Cultivation of the bacillus of leprosy and the treatment of cases by means of a vaccine prepared from the cultivations - Number 42
Disease focus: Leprosy
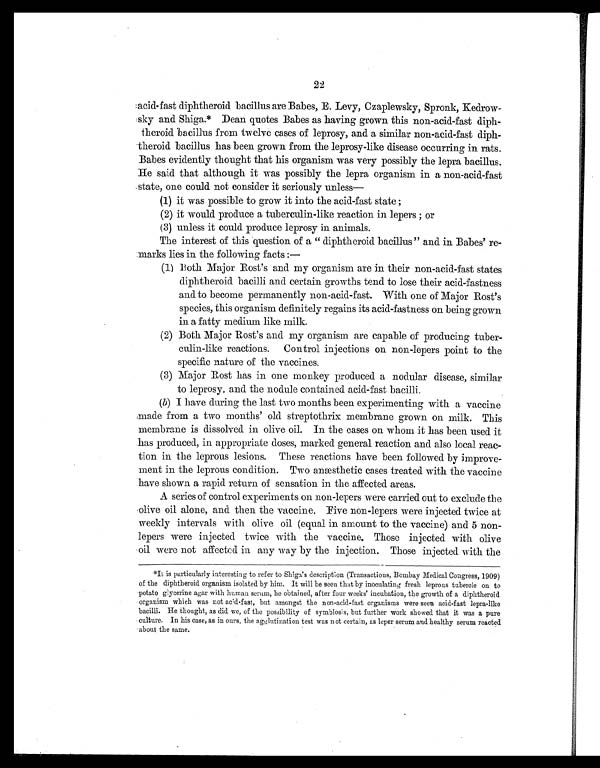
22
acid-fast diphtheroid bacillus are Babes, E. Levy, Czaplewsky, Spronk, Kedrow-
sky and Shiga.* Dean quotes Babes as having grown this non-acid-fast diph-
theroid bacillus from twelve cases of leprosy, and a similar non-acid-fast diph-
-theroid bacillus has been grown from the leprosy-like disease occurring in rats.
Babes evidently thought that his organism was very possibly the lepra bacillus.
He said that although it was possibly the lepra organism in a non-acid-fast
state, one could not consider it seriously unless
(1) it was possible to grow it into the acid-fast state ;
(2) it would produce a tuberculin-like reaction in lepers ; or
(3) unless it could produce leprosy in animals.
The interest of this question of a "diphtheroid bacillus " and in Babes' re-
marks lies in the following facts :
—
(1) Both Major Rost's and my organism are in their non-acid-fast states
diphtheroid bacilli and certain growths tend to lose their acid-fastness
and to become permanently non-acid-fast. With one of Major Rost's
species, this organism definitely regains its acid-fastness on being grown
in a fatty medium like milk.
(2) Both Major Rost's and my organism are capable of producing tuber-
culin-like reactions. Control injections on non-lepers point to the
specific nature of the vaccines.
(3) Major Rost has in one monkey produced a nodular disease, similar
to leprosy, and the nodule contained acid-fast bacilli.
(b) I have during the last two months been experimenting with a vaccine
made from a two months' old streptothrix membrane grown on milk. This
membrane is dissolved in olive oil. In the cases on whom it has been used it
has produced, in appropriate doses, marked general reaction and also local reac-
tion in the leprous lesions. These reactions have been followed by improve-
ment in the leprous condition. Two anæsthetic cases treated with the vaccine
have shown a rapid return of sensation in the affected areas.
A series of control experiments on non-lepers were carried out to exclude the
olive oil alone, and then the vaccine. Five non-lepers were injected twice at
weekly intervals with olive oil (equal in amount to the vaccine) and 5 non-
lepers were injected twice with the vaccine. Those injected with olive
oil were not affected in any way by the injection. Those injected with the
*It is particularly interesting to refer to Shiga's description (Transactions, Bombay Medical Congress, 1909)
of the diphtheroid organism isolated by him. It will be seen that by inoculating fresh leprous tubercle on to
potato glycerine agar with human serum, he obtained, after four weeks' incubation, the growth of a diphtheroid
organism which was not acid-fast, but amongst the non-acid-fast organisms were seen acid-fast lepra-like
bacilli. He thought, as did we, of the possibility of symbiosis, but further work showed that it was a pure
culture. In his case, as in ours, the agglutination test was not certain, as leper serum and healthy serum reacted
about the same.